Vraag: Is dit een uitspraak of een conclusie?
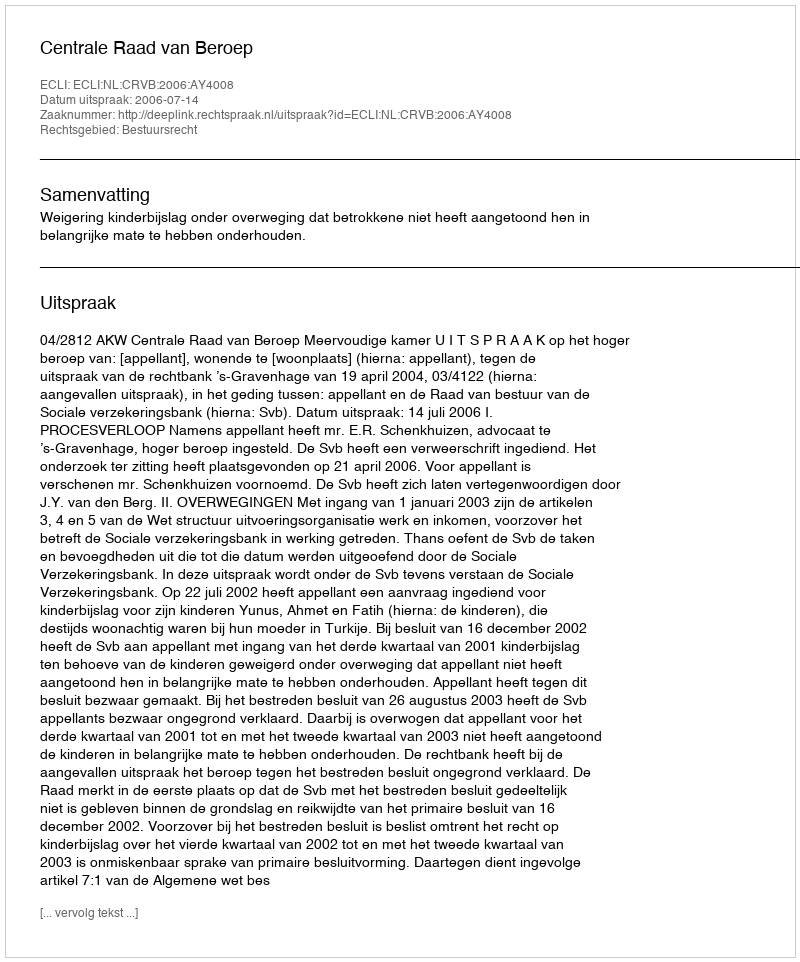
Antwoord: Uitspraak